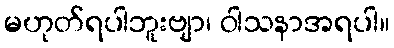
မဟုတ်ရပါဘူးဗျာ၊ ဝါသနာအရပါ။